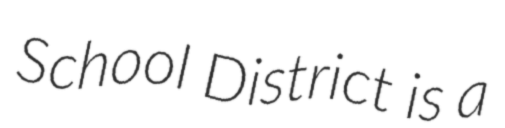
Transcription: School District is a